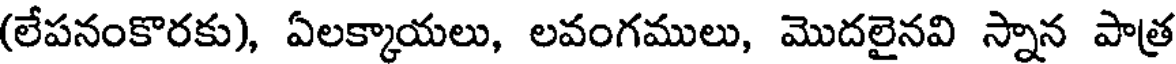
(లేపనంకొరకు), ఏలక్కాయలు, లవంగములు, మొదలైనవి స్నాన పాత్ర